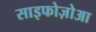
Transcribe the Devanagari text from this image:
साइफोज़ोआ